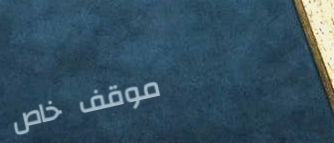
موقف خاص